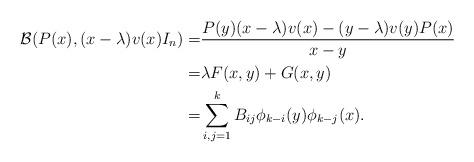
LaTeX: \begin{align*} \mathcal{B}(P(x),(x-\lambda)v(x)I_n)=&\frac{P(y)(x-\lambda)v(x) -(y-\lambda)v(y)P(x)}{x-y}\\ =& \lambda F(x,y)+G(x,y)\\ =& \sum_{i,j=1}^k B_{ij}\phi_{k-i}(y)\phi_{k-j}(x). \end{align*}